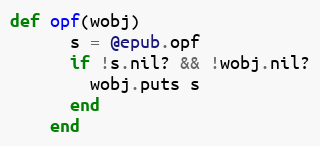
Language: Ruby
def opf(wobj)
      s = @epub.opf
      if !s.nil? && !wobj.nil?
        wobj.puts s
      end
    end